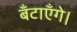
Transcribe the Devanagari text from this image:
बँटाएँगे।